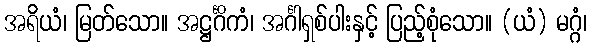
အရိယံ၊ မြတ်သော။ အဋ္ဌင်္ဂိကံ၊ အင်္ဂါရှစ်ပါးနှင့် ပြည့်စုံသော။ (ယံ) မဂ္ဂံ၊